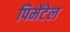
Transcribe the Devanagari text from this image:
पिमेंटेल